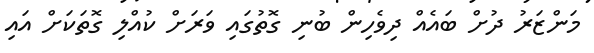
މަންޒަރު ދުށް ބައެއް ދިވެހިން ބުނި ގޮތުގައި ވަރަށް ކުއްލި ގޮތަކަށް އައި